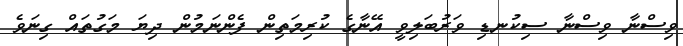
ވިސްނާ ވިސްނާ ސިކުނޑި ވަރުބަލިވީ އޭނާގެ ކުރިމަތިން ފެންނަމުން ދިޔަ މަގުތައް ގިނަވެ